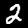
Label: 2